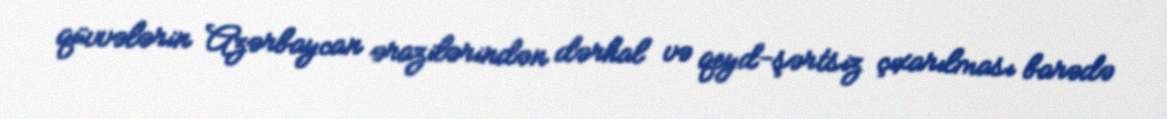
qüvvələrin Azərbaycan ərazilərindən dərhal və qeyd-şərtsiz çıxarılması barədə